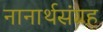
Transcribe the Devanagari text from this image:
नानार्थसंग्रह